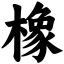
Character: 橡